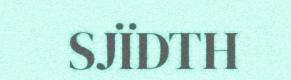
SJÏDTH